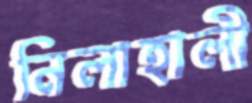
নিলাহালী